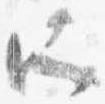
所